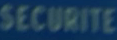
SECURITE